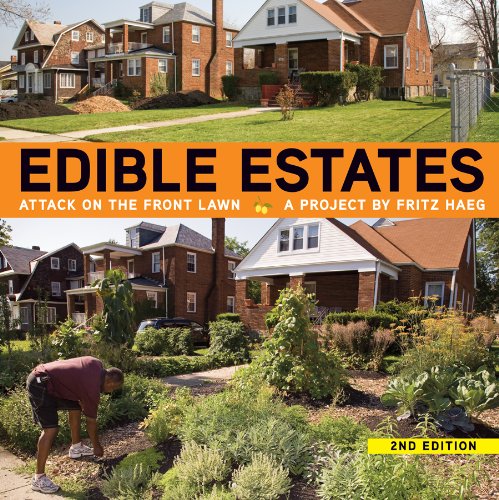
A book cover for Edible Estates: Attack on the Front Lawn, 2nd Revised Edition; Will Allen; Crafts, Hobbies & Home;